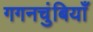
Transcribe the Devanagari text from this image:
गगनचुंबियाँ